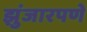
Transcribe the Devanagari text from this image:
झुंजारपणे